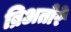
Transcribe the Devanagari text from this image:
ब्रिअतोरे